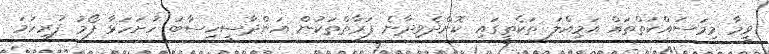
ވީމާ މިމަސައްކަތްތައް އަމިއްލަ ތަކެތީގައި ކޮށްދެވިދާނެ ފަރާތްތަކުން އަންދާސީހިސާބު ހުށަހަޅާ ފޯމު ފުރިހަމަ